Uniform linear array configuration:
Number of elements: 24
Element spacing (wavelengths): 1
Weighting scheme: exponential
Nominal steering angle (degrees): -30
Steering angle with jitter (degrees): -30.409
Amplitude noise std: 0.05
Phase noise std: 0.05

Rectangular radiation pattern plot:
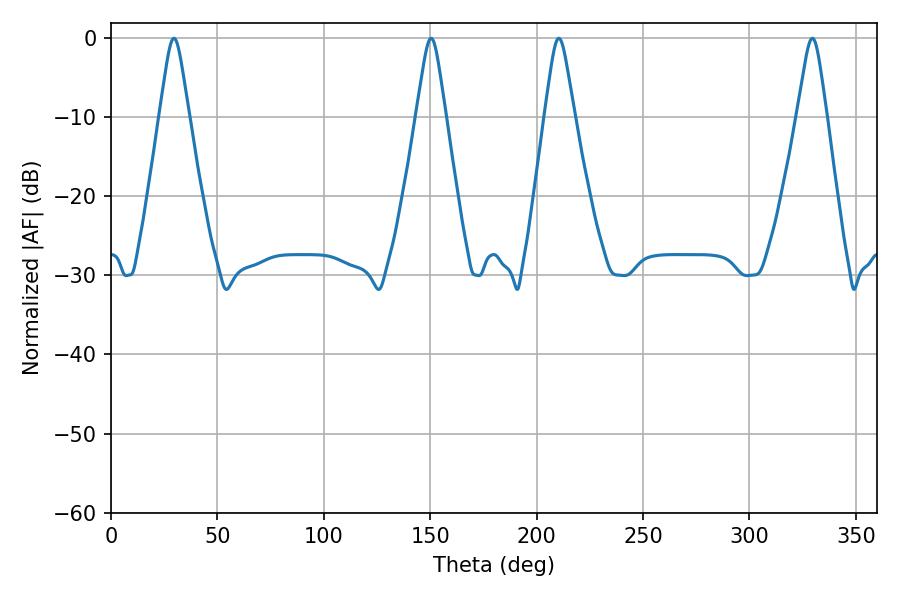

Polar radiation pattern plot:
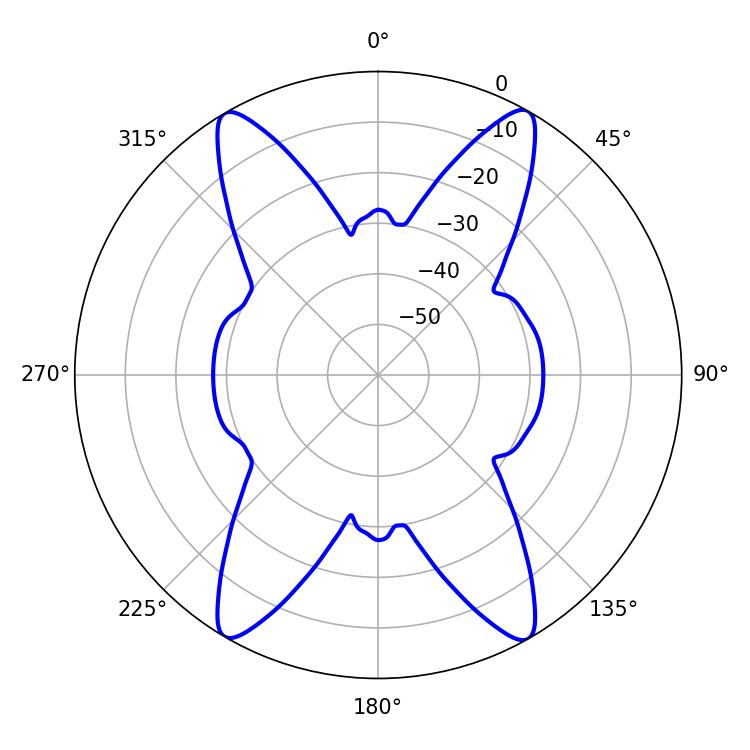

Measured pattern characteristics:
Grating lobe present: TRUE
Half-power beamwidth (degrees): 6.66
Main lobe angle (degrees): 210.42